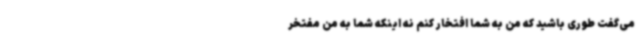
می‌گفت طوری باشید که من به شما افتخار کنم نه اینکه شما به من مفتخر